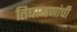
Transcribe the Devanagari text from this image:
तिघाजणांची